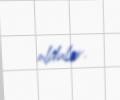
oldular.